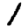
Digit: 1